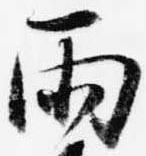
雨